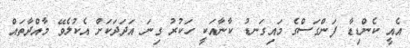
އެއީ ކެންޑިޑާ ފަންގަސްގެ މައިގަނޑު ކާނާއަކީ ހަކުރު ގިނަ އަދަދަކަށް އެކުލެވޭ މާއްދާތައް